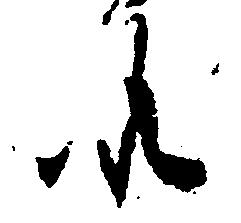
候